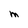
Character: M